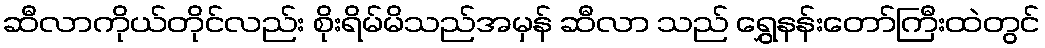
ဆီလာကိုယ်တိုင်လည်း စိုးရိမ်မိသည်အမှန် ဆီလာ သည် ရွှေနန်းတော်ကြီးထဲတွင်